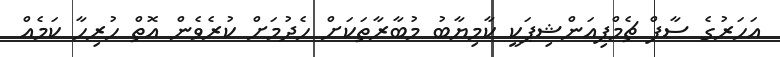
އަހަރުގެ ސާފް ޗެމްޕިއަންޝިޕަކީ ކާމިޔާބު މުބާރާތަކަށް ހެދުމަށް ކުރެވެން އޮތް ހުރިހާ ކަމެއް